Indian journal of veterinary science and animal husbandry - Volume 5,
Year: 1935
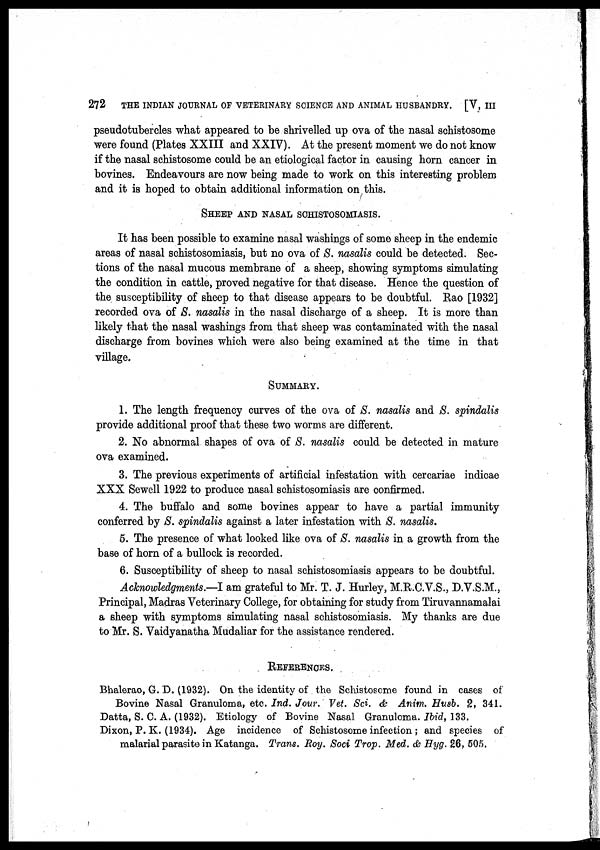
272
THE INDIAN JOURNAL OF VETERINARY SCIENCE AND ANIMAL HUSBANDRY. [V, III
pseudotubercles what appeared to be shrivelled up ova of the nasal schistosome
were found (Plates XXIII and XXIV). At the present moment we do not know
if the nasal schistosome could be an etiological factor in causing horn cancer in
bovines. Endeavours are now being made to work on this interesting problem
and it is hoped to obtain additional information on this.
SHEEP AND NASAL SCHISTOSOMASIS.
It has been possible to examine nasal washings of some sheep in the endemic
areas of nasal schistosomiasis, but no ova of S. nasalis could be detected. Sec-
tions of the nasal mucous membrane of a sheep, showing symptoms simulating
the condition in cattle, proved negative for that disease. Hence the question of
the susceptibility of sheep to that disease appears to be doubtful. Rao [1932]
recorded ova of S. nasalis in the nasal discharge of a sheep. It is more than
likely that the nasal washings from that sheep was contaminated with the nasal
discharge from bovines which were also being examined at the time in that
village.
SUMMARY.
1. The length frequency curves of the ova of S. nasalis and S. spindalis
provide additional proof that these two worms are different.
2. No abnormal shapes of ova of S. nasalis could be detected in mature
ova examined.
3. The previous experiments of artificial infestation with cercariae indicae
XXX Sewell 1922 to produce nasal schistosomiasis are confirmed.
4. The buffalo and some bovines appear to have a partial immunity
conferred by S. spindalis against a later infestation with S. nasalis.
5. The presence of what looked like ova of S. nasalis in a growth from the
base of horn of a bullock is recorded.
6. Susceptibility of sheep to nasal schistosomiasis appears to be doubtful.
Acknowledgments.—I am grateful to Mr. T. J. Hurley, M.R.C.V.S., D.V.S.M.,
Principal, Madras Veterinary College, for obtaining for study from Tiruvannamalai
a sheep with symptoms simulating nasal schistosomiasis. My thanks are due
to Mr. S. Vaidyanatha Mudaliar for the assistance rendered.
REFERENCES.
Bhalerao, G. D. (1932). On the identity of the Schistosome found in cases of
Bovine Nasal Granuloma, etc. Ind. Jour. Vet. Sci. & Anim. Husb. 2, 341.
Datta, S. C. A. (1932). Etiology of Bovine Nasal Granuloma. Ibid, 133.
Dixon, P. K. (1934). Age incidence of Schistosome infection ; and species of
malarial parasite in Katanga. Trans. Roy. Soci Trop. Med. & Hyg. 26, 505.